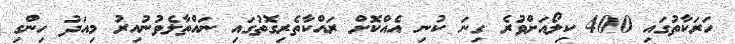
ހަރަކާތުގައި 400 ކިލޯއަށްވުރެ ގިނަ ކުނި އެއްކޮށް ރައްކާތެރިގޮތުގައި ނައްތާލެވުނުއިރު މިއަދު ހިންގި